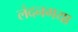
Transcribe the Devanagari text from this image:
लंदनगया